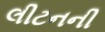
લીટનની